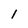
Character: 1